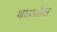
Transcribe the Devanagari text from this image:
था।अप्रैल